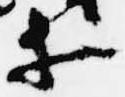
等